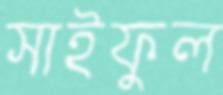
সাইফুল